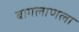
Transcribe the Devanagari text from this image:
बागलाणला